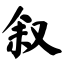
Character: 叙